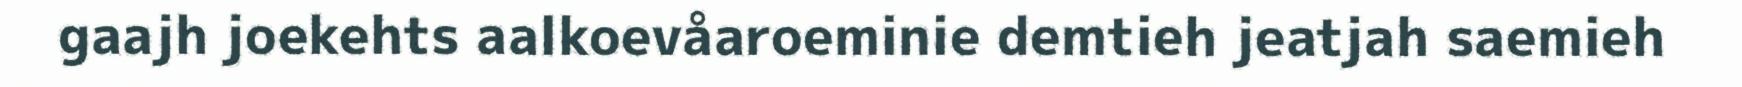
gaajh joekehts aalkoevåaroeminie demtieh jeatjah saemieh